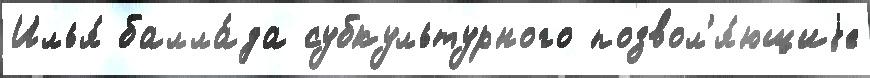
Илья́ балла́да субкультурного позвол'я́ющиjе